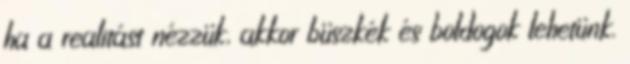
ha a realitást nézzük, akkor büszkék és boldogok lehetünk.